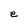
Character: e